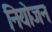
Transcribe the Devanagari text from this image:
नियोजन